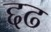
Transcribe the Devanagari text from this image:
द्दढ